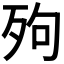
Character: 𣧬